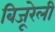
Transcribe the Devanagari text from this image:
बिजूरेली